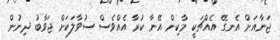
ޖަނާއަށް އެނގޭ އެއްޗަކީ މާކިން އޭނާ ކުރާ އެއްވެސް ސުވާލަކަށް ޖަވާބު ދިނުން